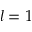
l = 1